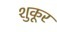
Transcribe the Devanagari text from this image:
शुकूर